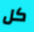
كل